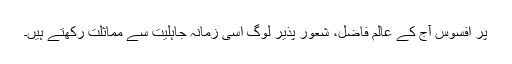
پر افسوس آج کے عالم فاضل، شعور پذیر لوگ اسی زمانہ جاہلیت سے مماثلت رکھتے ہیں۔